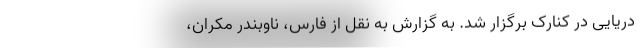
دریایی در کنارک برگزار شد. به گزارش به نقل از فارس، ناوبندر مکران،